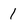
Character: 1